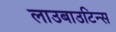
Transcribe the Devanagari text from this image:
लाउबाउटिन्स